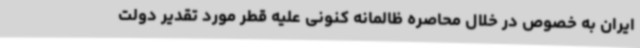
ایران به خصوص در خلال محاصره ظالمانه کنونی علیه قطر مورد تقدیر دولت